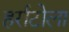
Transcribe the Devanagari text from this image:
हर्राटोला